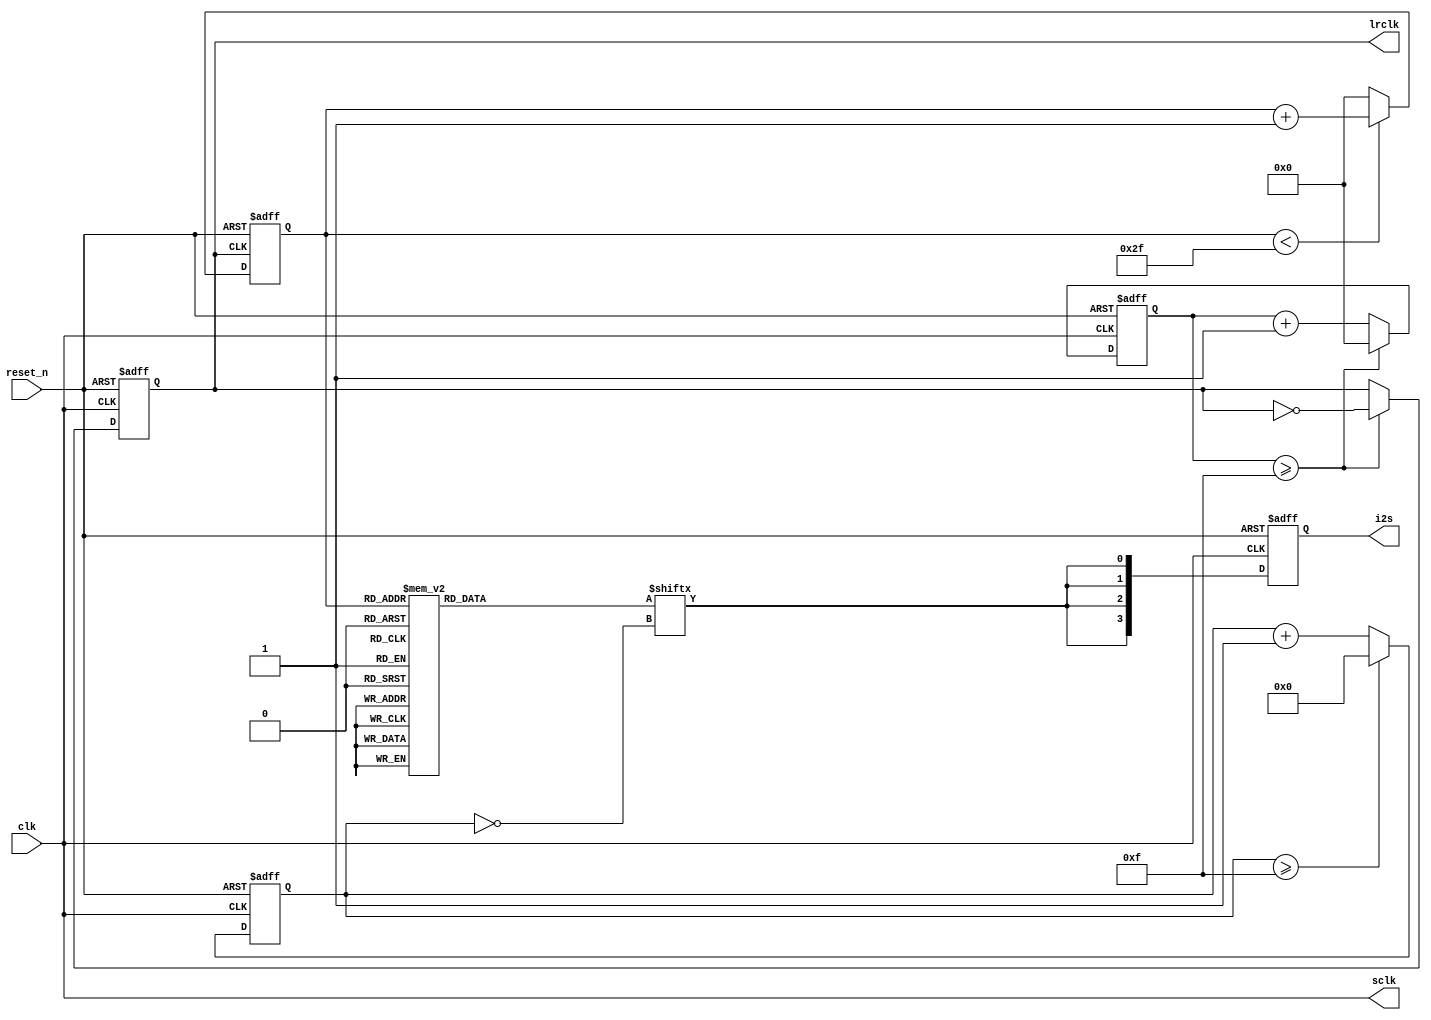
// ============================================================================
// Copyright (c) 2012 by Terasic Technologies Inc.
// ============================================================================
//
// Permission:
//
//   Terasic grants permission to use and modify this code for use
//   in synthesis for all Terasic Development Boards and Altera Development 
//   Kits made by Terasic.  Other use of this code, including the selling 
//   ,duplication, or modification of any portion is strictly prohibited.
//
// Disclaimer:
//
//   This VHDL/Verilog or C/C++ source code is intended as a design reference
//   which illustrates how these types of functions can be implemented.
//   It is the user's responsibility to verify their design for
//   consistency and functionality through the use of formal
//   verification methods.  Terasic provides no warranty regarding the use 
//   or functionality of this code.
//
// ============================================================================
//           
//  Terasic Technologies Inc
//  9F., No.176, Sec.2, Gongdao 5th Rd, East Dist, Hsinchu City, 30070. Taiwan
//
//
//
//                     web: http://www.terasic.com/
//
// ============================================================================

/*

Function: 
	ADV7513 Video and Audio Control 
	
I2C Configuration Requirements:
	Master Mode
	I2S, 16-bits
	
Clock:
	input Clock 1.536MHz (48K*Data_Width*Channel_Num)
	
Revision:
	1.0, 10/06/2014, Init by Nick
	
Compatibility:
	Quartus 14.0.2

*/




module AUDIO_IF(
	//
	reset_n,
	sclk,
	lrclk,
	i2s,
	clk
);

/*****************************************************************************
 *                           Constant Declarations                           *
 *****************************************************************************/


/*****************************************************************************
 *                             Port Declarations                             *
 *****************************************************************************/

	//
output						sclk;	
output 						lrclk;
input 						reset_n;
output	[3:0]				i2s;
input 						clk;

parameter	DATA_WIDTH					=	16;
parameter	SIN_SAMPLE_DATA			=	48;
/*****************************************************************************
 *                 Internal wires and registers Declarations                 *
 *****************************************************************************/

reg    				      lrclk;
reg 	[5:0]					sclk_Count;
reg   [5:0]				   Simple_count;
reg 	[15:0]				Data_Bit;
reg 	[6:0]					Data_Count;
reg	[5:0]				   SIN_Cont;
reg	[3:0]					i2s;
/*****************************************************************************
 *                             Sequential logic                              *
 *****************************************************************************/
assign sclk = clk;

always@(negedge  sclk or negedge reset_n)
begin
	if(!reset_n)
	begin
	  lrclk<=0;
	  sclk_Count<=0;
	end
	
	else if(sclk_Count>=DATA_WIDTH-1)
	begin
	  sclk_Count <= 0;
	  lrclk <= ~lrclk;
	end
	else 
     sclk_Count <= sclk_Count + 1;
end
 
always@(negedge sclk or negedge reset_n)
begin
  if(!reset_n)
  begin
    Data_Count <= 0;
  end
  else
  begin
    if(Data_Count >= DATA_WIDTH-1)
	 begin
      Data_Count <= 0;
    end
	 else 
	 Data_Count <= Data_Count +1;
  end
end

always@(negedge sclk or negedge reset_n)
begin
  if(!reset_n)
  begin
    i2s <= 0;
  end
  else
  begin
    i2s[0] <= Data_Bit[~Data_Count];
	 i2s[1] <= Data_Bit[~Data_Count];
	 i2s[2] <= Data_Bit[~Data_Count];
	 i2s[3] <= Data_Bit[~Data_Count];
  end
end

always@(negedge lrclk or negedge reset_n)
begin
	if(!reset_n)
	  SIN_Cont	<=	0;
	else
	begin
		if(SIN_Cont < SIN_SAMPLE_DATA-1 )
		SIN_Cont	<=	SIN_Cont+1;
		else
		SIN_Cont	<=	0;
	end
end

/*****************************************************************************
 *                            Combinational logic                            *
 *****************************************************************************/
always@(SIN_Cont)
begin
	case(SIN_Cont)
    0  :   Data_Bit      <=      0       ;
    1  :   Data_Bit      <=      4276    ;
    2  :   Data_Bit      <=      8480    ;
    3  :   Data_Bit      <=      12539   ;
    4  :   Data_Bit      <=      16383   ;
    5  :   Data_Bit      <=      19947   ;
    6  :   Data_Bit      <=      23169   ;
    7  :   Data_Bit      <=      25995   ;
    8  :   Data_Bit      <=      28377   ;
    9  :   Data_Bit      <=      30272   ;
    10  :  Data_Bit      <=      31650   ;
    11  :  Data_Bit      <=      32486   ;
    12  :  Data_Bit      <=      32767   ;
    13  :  Data_Bit      <=      32486   ;
    14  :  Data_Bit      <=      31650   ;
    15  :  Data_Bit      <=      30272   ;
    16  :  Data_Bit      <=      28377   ;
    17  :  Data_Bit      <=      25995   ;
    18  :  Data_Bit      <=      23169   ;
    19  :  Data_Bit      <=      19947   ;
    20  :  Data_Bit      <=      16383   ;
    21  :  Data_Bit      <=      12539   ;
    22  :  Data_Bit      <=      8480    ;
    23  :  Data_Bit      <=      4276    ;
    24  :  Data_Bit      <=      0       ;
    25  :  Data_Bit      <=      61259   ;
    26  :  Data_Bit      <=      57056   ;
    27  :  Data_Bit      <=      52997   ;
    28  :  Data_Bit      <=      49153   ;
    29  :  Data_Bit      <=      45589   ;
    30  :  Data_Bit      <=      42366   ;
    31  :  Data_Bit      <=      39540   ;
    32  :  Data_Bit      <=      37159   ;
    33  :  Data_Bit      <=      35263   ;
    34  :  Data_Bit      <=      33885   ;
    35  :  Data_Bit      <=      33049   ;
    36  :  Data_Bit      <=      32768   ;
    37  :  Data_Bit      <=      33049   ;
    38  :  Data_Bit      <=      33885   ;
    39  :  Data_Bit      <=      35263   ;
    40  :  Data_Bit      <=      37159   ;
    41  :  Data_Bit      <=      39540   ;
    42  :  Data_Bit      <=      42366   ;
    43  :  Data_Bit      <=      45589   ;
    44  :  Data_Bit      <=      49152   ;
    45  :  Data_Bit      <=      52997   ;
    46  :  Data_Bit      <=      57056   ;
    47  :  Data_Bit      <=      61259   ;
	default	:
		   Data_Bit		<=		0		;
	endcase
	
end
endmodule